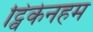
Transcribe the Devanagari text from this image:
ट्विकेनहम